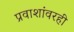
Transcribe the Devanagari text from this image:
प्रवाशांवरही